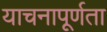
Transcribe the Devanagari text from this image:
याचनापूर्णता